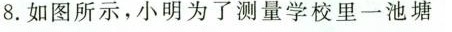
8.如图所示，小明为了测量学校里一池塘